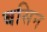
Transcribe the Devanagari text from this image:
बसिन